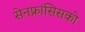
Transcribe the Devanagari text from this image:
सेनफ्रांसिसको